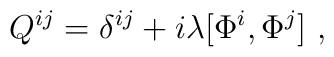
Q^{ij}=\delta^{ij}+i\lambda [\Phi^i,\Phi^j] \ ,